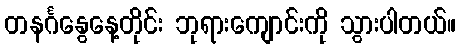
တနင်္ဂနွေနေ့တိုင်း ဘုရားကျောင်းကို သွားပါတယ်။